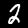
Label: 2